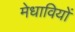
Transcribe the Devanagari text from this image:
मेधावियों